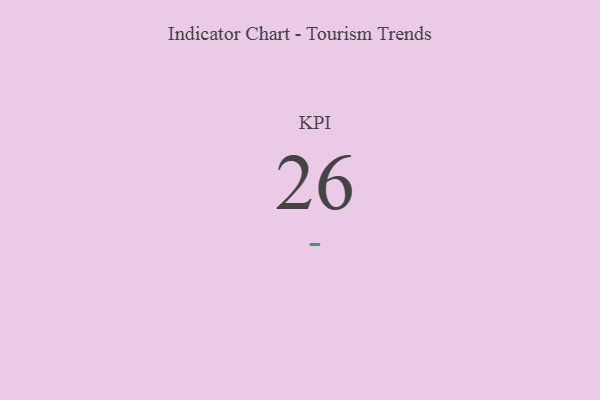
{"axis": {"x": "KPI", "y": "Value"}, "legend": [""], "data": [{"x": "KPI", "y": 26, "type": ""}]}